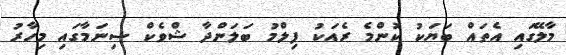
މާލޭގައި އެތައް ބަޔަކު ކޮންމެ ރެއަކު ފިލްމު ބަލަންދާ ޝްވެކް ސިނަމާގައި މިހާރު